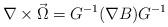
LaTeX: \begin{align*}\nabla \times \vec \Omega = G^{-1}(\nabla B)G^{-1}\end{align*}